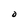
Character: O